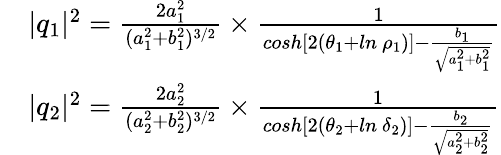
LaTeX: \begin{array}{rl}&{|q_{1}|^{2}=\frac{2a_{1}^{2}}{(a_{1}^{2}+b_{1}^{2})^{3/2}}\times\frac{1}{cosh[2(\theta_{1}+ln\ \rho_{1})]-\frac{b_{1}}{\sqrt{a_{1}^{2}+b_{1}^{2}}}}}\\ &{|q_{2}|^{2}=\frac{2a_{2}^{2}}{(a_{2}^{2}+b_{2}^{2})^{3/2}}\times\frac{1}{cosh[2(\theta_{2}+ln\ \delta_{2})]-\frac{b_{2}}{\sqrt{a_{2}^{2}+b_{2}^{2}}}}}\end{array}